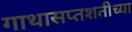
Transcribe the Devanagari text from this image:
गाथासप्तशतीच्या